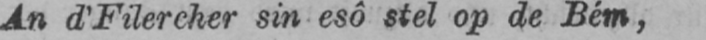
An d’Filercher sin esô stel op de Bém,